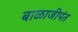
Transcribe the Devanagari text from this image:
बाळाजीपंत